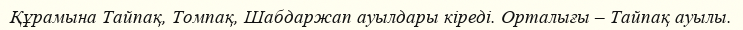
Құрамына Тайпақ, Томпақ, Шабдаржап ауылдары кіреді. Орталығы – Тайпақ ауылы.